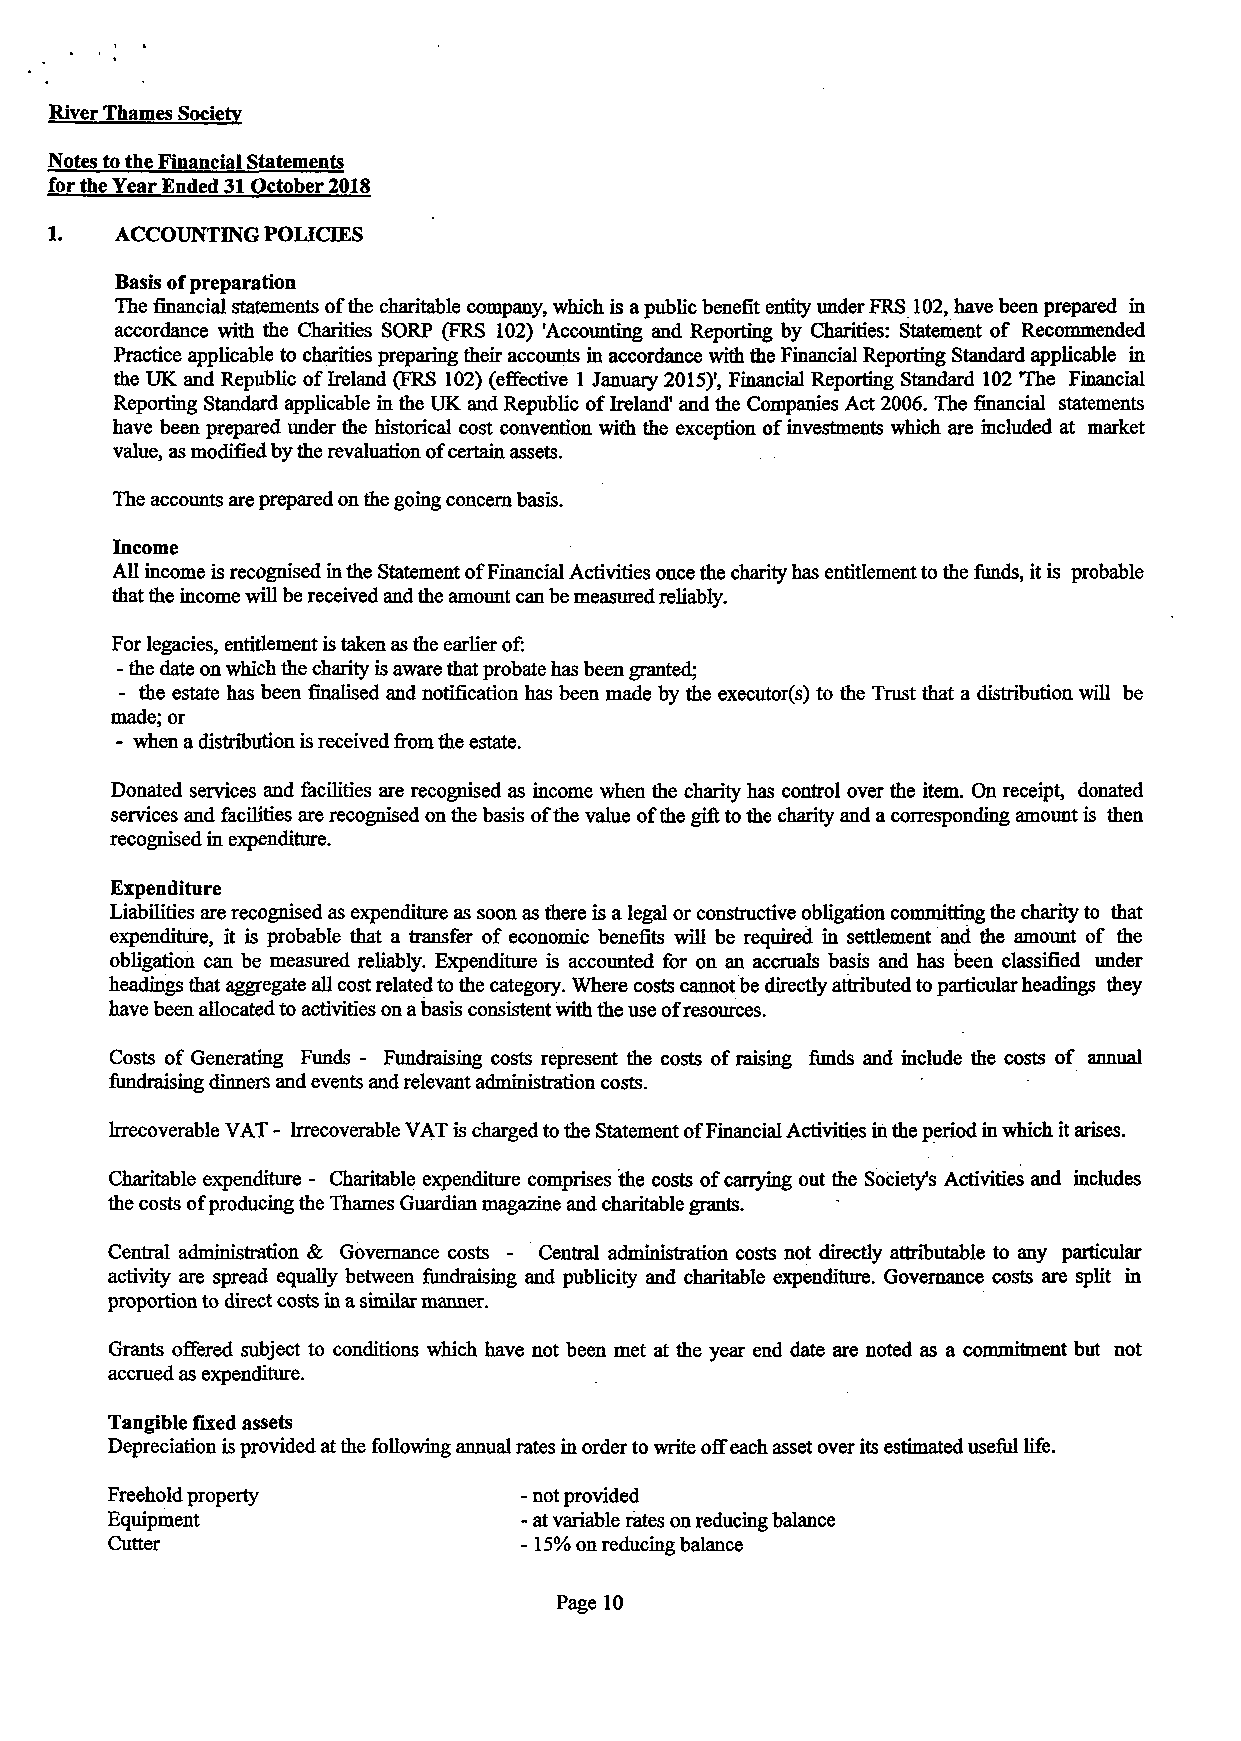
River Thames Society
 Notes to the Financial Statements
 for the Year Ended 31 October 2018
 1.   ACCOUNTING POLICIES
 Basis of preparation
 The financial statements of me charitable company, which is a public benefit entity under FRS 102, have been prepared in
 accordance with the Charities SORP (FRS 102) 'Accounting and Reporting by Charities: Statement of Recommended
 Practice applicable to charities preparing their accounts in accordance with the Financial Reporting Standard applicable in
 the UK and Republic of Ireland (FRS 102) (effective 1 January 2015)', Financial Reporting Standard 102 The Financial
 Reporting Standard applicable in the UK and Republic of Ireland' and the Companies Act 2006. The financial statements
 have been prepared under the historical cost convention with the exception of investments which are included at market
 value, as modified by the revaluation of certain assets.
 The accounts are prepared on the going concern basis.
 Income
 All income is recognised in the Statement of Financial Activities once the charity has entitlement to the funds, it is probable
 that the income will be received and the amount can be measured reliably.
 For legacies, entitlement is taken as the earlier of:
 - the date on which the charily is aware that probate has been granted;
 - the estate has been finalised and notification has been made by the executor(s) to the Trust that a distribution will be
 made; or
 - when a distribution is received from the estate.
 Donated services and faculties are recognised as income when the charity has control over the item. On receipt, donated
 services and facilities are recognised on the basis ofthe value of the gift to the charity and a corresponding amount is then
 recognised in expenditure.
 Expenditure
 Liabilities are recognised as expenditure as soon as there is a legal or constructive obligation committing the charity to that
 expenditure, it is probable that a transfer of economic benefits will be required in settlement and the amount of the
 obligation can be measured reliably. Expenditure is accounted for on an accruals basis and has been classified under
 headings that aggregate all cost related to the categoiy. Where costs cannot be directly attributed to particular headings they
 have been allocated to activities on a basis consistent with the use of resources.
 Costs of Generating Funds - Fundraising costs represent the costs of raising funds and include the costs of annual
 fundraising dinners and events and relevant administration costs.
 Irrecoverable VAT - Irrecoverable VAT is charged to the Statement of Financial Activities in the period in which it arises.
 Charitable expenditure - Charitable expenditure comprises the costs of carrying out the Society's Activities and includes
 the costs of producing the Thames Guardian magazine and charitable grants.
 Central administration & Governance costs - Central administration costs not directly attributable to any particular
 activity are spread equally between fundraising and publicity and charitable expenditure. Governance costs are split in
 proportion to direct costs in a similar manner.
 Grants offered subject to conditions which have not been met at the year end date are noted as a commitment but not
 accrued as expenditure.
 Tangible fixed assets
 Depreciation is provided at the following annual rates in order to write off each asset over its estimated useful life.
 Freehold property           - not provided
 Equipment                   - at variable rates on reducing balance
 Cutter                      -15% on reducing balance
 Page 10